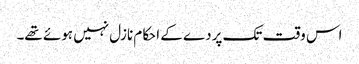
اس وقت تک پردے کے احکام نازل نہیں ہوئے تھے۔